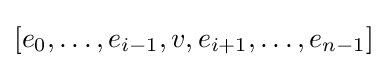
[e_{0},\dots ,e_{i-1},v,e_{i+1},\dots ,e_{n-1}]